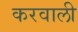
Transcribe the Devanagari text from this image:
करवाली